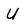
Character: U